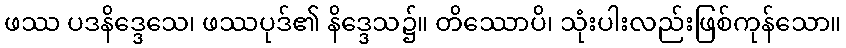
ဖဿ ပဒနိဒ္ဒေသေ၊ ဖဿပုဒ်၏ နိဒ္ဒေသ၌။ တိဿောပိ၊ သုံးပါးလည်းဖြစ်ကုန်သော။